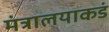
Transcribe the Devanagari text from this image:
मंत्रालयाकडं